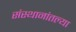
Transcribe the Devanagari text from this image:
संस्थानांतल्या